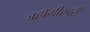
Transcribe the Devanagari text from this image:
जहाँगीरपुरी